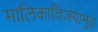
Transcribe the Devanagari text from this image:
मालिकाविजयामुळे